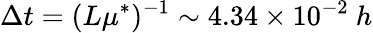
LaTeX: \Delta t=(L\mu^{*})^{-1}\sim 4.34\times 10^{-2}\ h